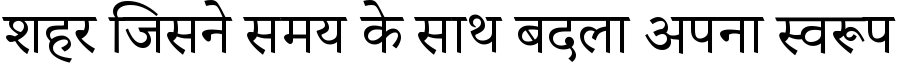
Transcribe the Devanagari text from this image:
शहर जिसने समय के साथ बदला अपना स्वरूप